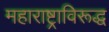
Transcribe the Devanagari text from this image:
महाराष्ट्राविरूद्ध